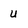
Character: u